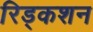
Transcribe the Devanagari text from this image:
रिड्कशन